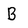
Character: B